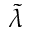
\tilde { \lambda }